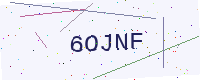
Text: 6OJNF